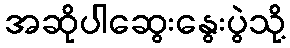
အဆိုပါဆွေးနွေးပွဲသို့